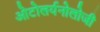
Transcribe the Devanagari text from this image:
ओटोलर्यनोलोजी